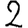
Digit: 2